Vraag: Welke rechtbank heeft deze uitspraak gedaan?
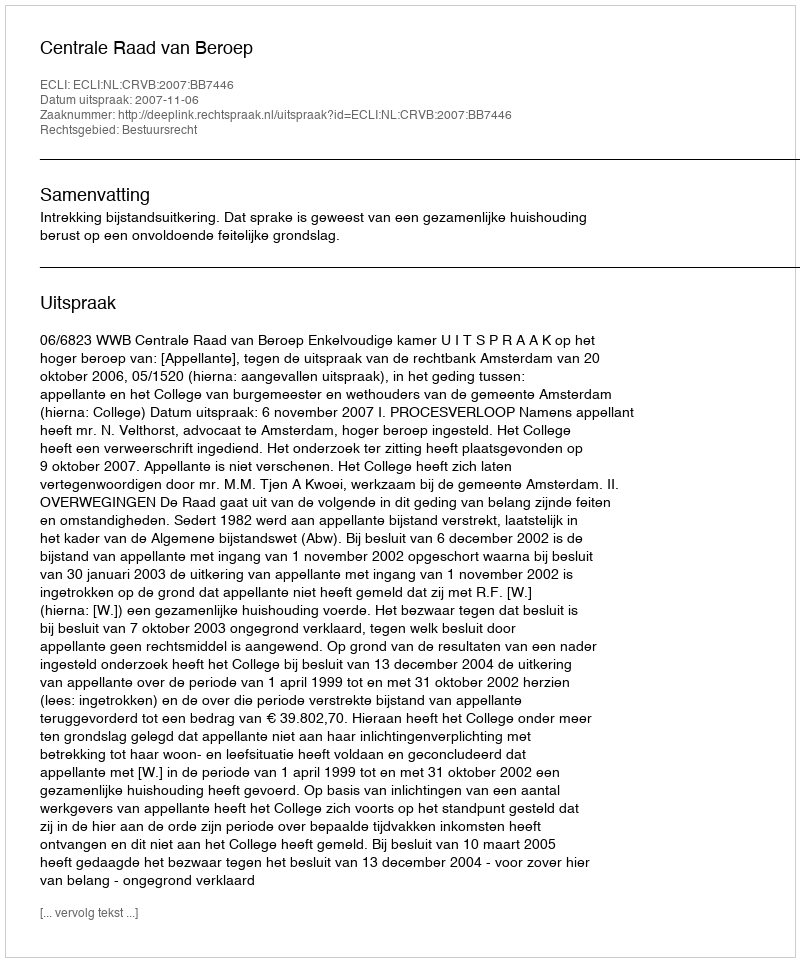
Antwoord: Centrale Raad van Beroep